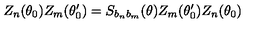
Z _ { n } ( \theta _ { 0 } ) Z _ { m } ( \theta _ { 0 } ^ { \prime } ) = S _ { b _ { n } b _ { m } } ( \theta ) Z _ { m } ( \theta _ { 0 } ^ { \prime } ) Z _ { n } ( \theta _ { 0 } )